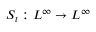
S _ { t } : L ^ { \infty } \to L ^ { \infty }